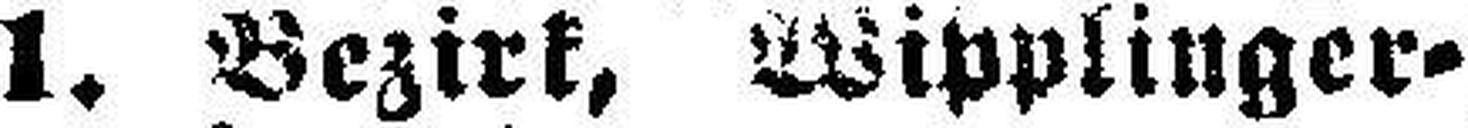
1. Bezirk, Wipplinger¬